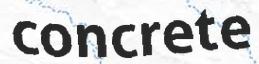
concrete